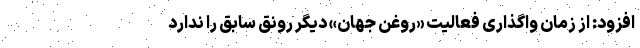
افزود: از زمان واگذاری فعالیت «روغن جهان» دیگر رونق سابق را ندارد